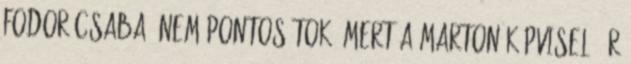
Fodor Csaba: Nem pontosítok, mert a Marton képviselő úr